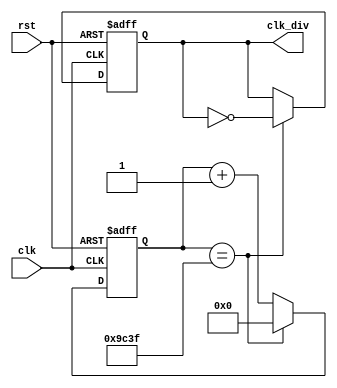
module CLK_Div #(parameter Frecuencia = 2500)(
    input clk,
    input rst,
    output reg clk_div
);

localparam Frec_clk_interno = 50_000_000;

localparam ConstNumb = (2 * Frec_clk_interno)/Frecuencia;

reg [31:0] count;

always @(posedge clk or negedge rst)
begin
    if(rst == 1'b0)
        count <= 32'b0;
    else if(count == ConstNumb - 1)
        count <= 32'b0;
    else 
        count <= count + 1;
end

always @(posedge clk or negedge rst)
begin 
    if(rst == 1'b0)
        clk_div <= 1'b0;
    else if(count == ConstNumb - 1)
        clk_div <= ~clk_div;
end

endmodule